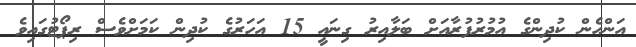
އަންހެން ކުދިންގެ އުމުރުފުރާއަށް ބަލާއިރު ގިނައީ 15 އަހަރުގެ ކުދިން ކަމަށްވެސް ރިޕޯޓުގައިވެ